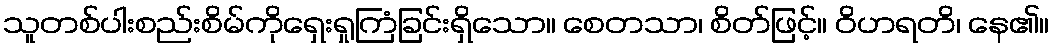
သူတစ်ပါးစည်းစိမ်ကိုရှေးရှုကြံခြင်းရှိသော။ စေတသာ၊ စိတ်ဖြင့်။ ဝိဟရတိ၊ နေ၏။